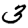
Digit: 3